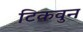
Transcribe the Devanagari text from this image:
टिकवुन